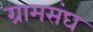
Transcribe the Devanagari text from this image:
ग्रामसंघ